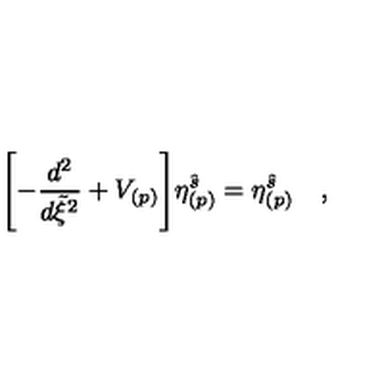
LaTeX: \Biggl [ - { \frac { d ^ { 2 } } { d \tilde { \xi } ^ { 2 } } } + V _ { ( p ) } \Biggl ] \eta _ { ( p ) } ^ { \hat { s } } = \eta _ { ( p ) } ^ { \hat { s } } \quad ,